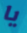
يا